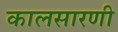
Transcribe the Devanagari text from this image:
कालसारणी